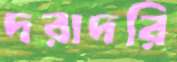
দরাদরি